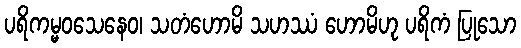
ပရိကမ္မဝသေနေဝ၊ သတံဟောမိ သဟဿံ ဟောမိဟု ပရိကံ ပြုသော